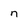
Character: n